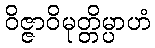
ဝိဇ္ဇာဝိမုတ္တိမ္ပာဟံ